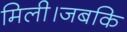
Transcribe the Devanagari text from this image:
मिली।जबकि